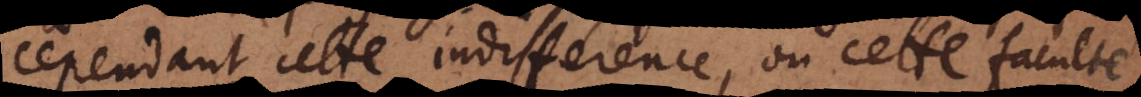
cependant cette indifference, ou cette faculté